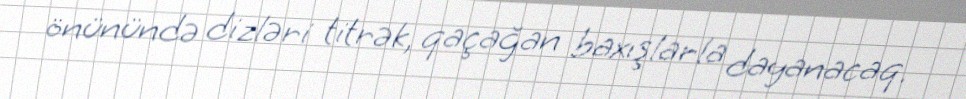
önünündə dizləri titrək, qaçağan baxışlarla dayanacaq.